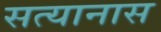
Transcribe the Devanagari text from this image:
सत्यानास